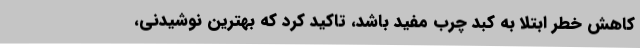
کاهش خطر ابتلا به کبد چرب مفید باشد، تاکید کرد که بهترین نوشیدنی،